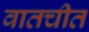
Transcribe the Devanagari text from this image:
वातचीत